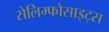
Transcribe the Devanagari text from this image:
सेलिम्फोसाइट्स